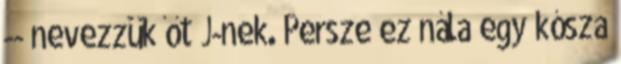
-- nevezzük őt J-nek. Persze ez nála egy kósza